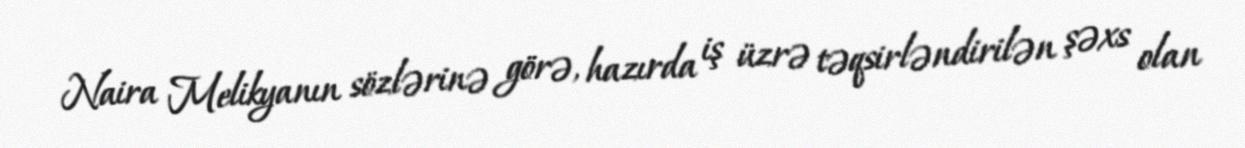
Naira Melikyanın sözlərinə görə, hazırda iş üzrə təqsirləndirilən şəxs olan